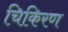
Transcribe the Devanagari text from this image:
चिकिरण